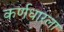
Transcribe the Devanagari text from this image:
कर्णधारला